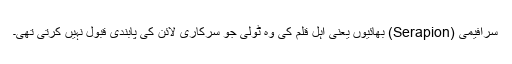
سرافیمی (Serapion) بھائیوں یعنی اہلِ قلم کی وہ ٹولی جو سرکاری لائن کی پابندی قبول نہیں کرتی تھی۔